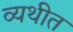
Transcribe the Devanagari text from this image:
व्यथीत